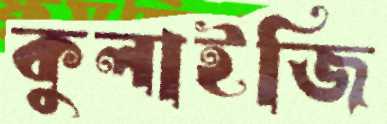
কুলাইজি